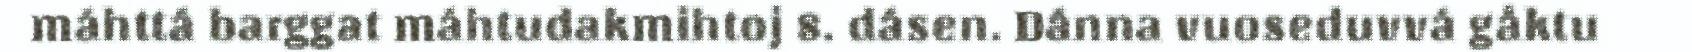
máhttá barggat máhtudakmihtoj 8. dásen. Dánna vuoseduvvá gåktu